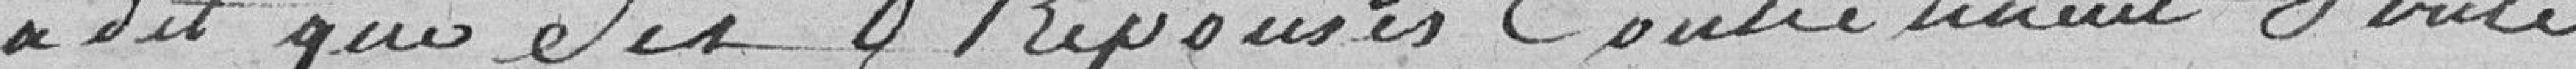
a dit que ses réponses contiennent vérité